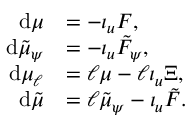
\begin{array} { r l } { \mathrm { d } \mu } & { = - \iota _ { u } F , } \\ { \mathrm { d } \tilde { \mu } _ { \psi } } & { = - \iota _ { u } \tilde { F } _ { \psi } , } \\ { \mathrm { d } \mu _ { \ell } } & { = \ell \mu - \ell \iota _ { u } \Xi , } \\ { \mathrm { d } \tilde { \mu } } & { = \ell \tilde { \mu } _ { \psi } - \iota _ { u } \tilde { F } . } \end{array}